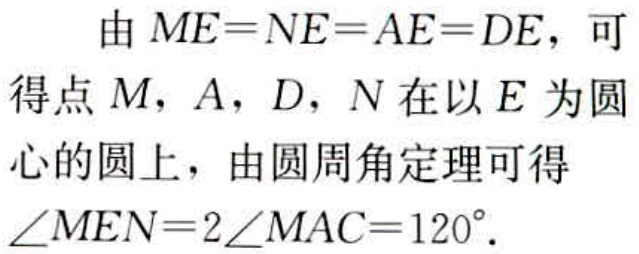
由 \(ME = NE = AE = DE\)，可得点 \(M\)，\(A\)，\(D\)，\(N\) 在以 \(E\) 为圆心的圆上，由圆周角定理可得 \(\angle MEN = 2\angle MAC=120^{\circ}\)。